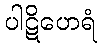
ပါဋိဟေရံ